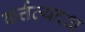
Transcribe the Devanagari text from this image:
कर्त्तव्यदक्ष